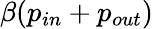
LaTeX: \beta(p_{in}+p_{out})